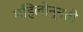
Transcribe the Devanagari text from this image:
महिलोन्नती